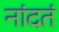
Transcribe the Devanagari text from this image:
नांदतं